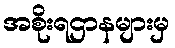
အစိုးရဌာနများမှ